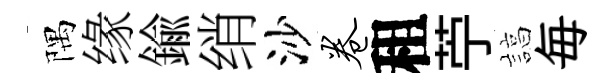
隅缘鍮绡沙卷租苧諄毎